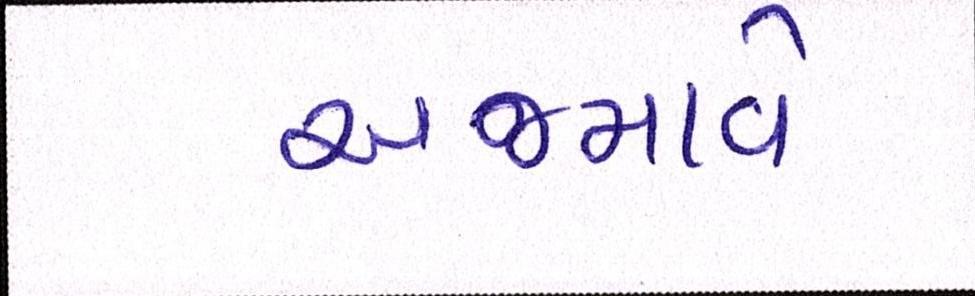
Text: અજમાવે